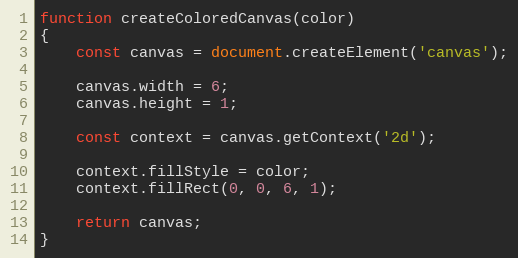
Language: JavaScript
function createColoredCanvas(color)
{
    const canvas = document.createElement('canvas');

    canvas.width = 6;
    canvas.height = 1;

    const context = canvas.getContext('2d');

    context.fillStyle = color;
    context.fillRect(0, 0, 6, 1);

    return canvas;
}